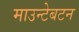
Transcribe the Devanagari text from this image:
माउन्टेबटन